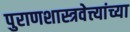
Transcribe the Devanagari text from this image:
पुराणशास्त्रवेत्त्यांच्या